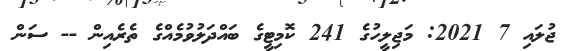
ޖުލައި 7 2021: މަޖިލީހުގެ 241 ކޮމިޓީގެ ބައްދަލުވުމެއްގެ ތެރެއިން -- ސަން